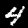
Label: 4